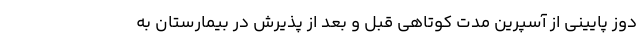
دوز پایینی از آسپرین مدت کوتاهی قبل و بعد از پذیرش در بیمارستان به